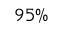
9 5 \%